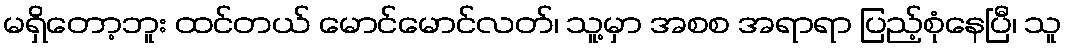
မရှိတော့ဘူး ထင်တယ် မောင်မောင်လတ်၊ သူ့မှာ အစစ အရာရာ ပြည့်စုံနေပြီ၊ သူ